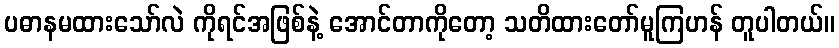
ပဓာနမထားသော်လဲ ကိုရင်အဖြစ်နဲ့ အောင်တာကိုတော့ သတိထားတော်မူကြဟန် တူပါတယ်။